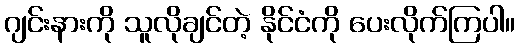
ဂျင်းနားကို သူလိုချင်တဲ့ နိုင်ငံကို ပေးလိုက်ကြပါ။